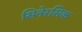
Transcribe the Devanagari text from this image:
सिनेरसिक